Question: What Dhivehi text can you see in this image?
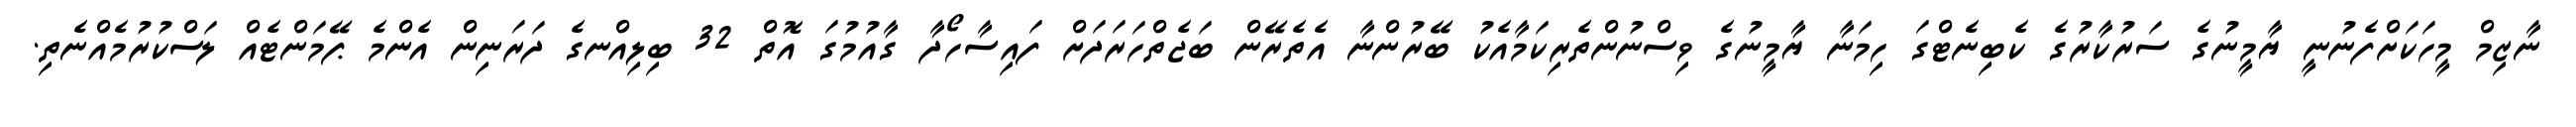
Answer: ނާޒިމް މީހަކަށްފެނުނީ ޔާމީނުގެ ސަރުކާރުގެ ކެބިނެޓްގަ ހިމަނާ ޔާމީނުގެ ވިސްނުންތެރިކަމާއެކު ބޭރުންނާ އެތެރޭން ބަޖެތްހަރަދަށް ފައިސާހޯދާ ގާއުމުގަ އޮތް 32 ބިލިއްނގެ ދަރަނިން އެންމެ ޕޭމަންޓެއް ލަސްކުރުމެއްނެތި.